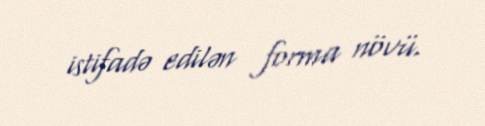
istifadə edilən forma növü.